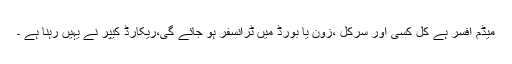
میڈم افسر ہے کل کسی اور سرکل ،زون یا بورڈ میں ٹرانسفر ہو جائے گی،ریکارڈ کیپر نے یہیں رہنا ہے ۔